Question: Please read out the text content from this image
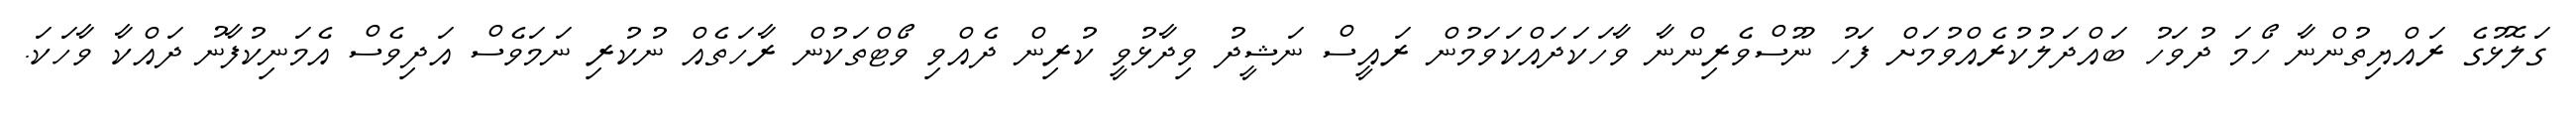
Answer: ގަލޮޅުގެ ރައްޔިތުންނާ ހޯމަ ދުވަހު ބައްދަލުކުރެއްވުމަށް ފަހު ނޫސްވެރިންނާ ވާހަކަދައްކަވަމުން ރައީސް ނަޝީދު ވިދާޅުވީ ކުރިން ދެއްވި ވޯޓްތަކުން ރާހަތެއް ނުކުރި ނަމަވެސް އަދިވެސް އެމަނިކުފާނު ދައްކާ ވާހަކަ.